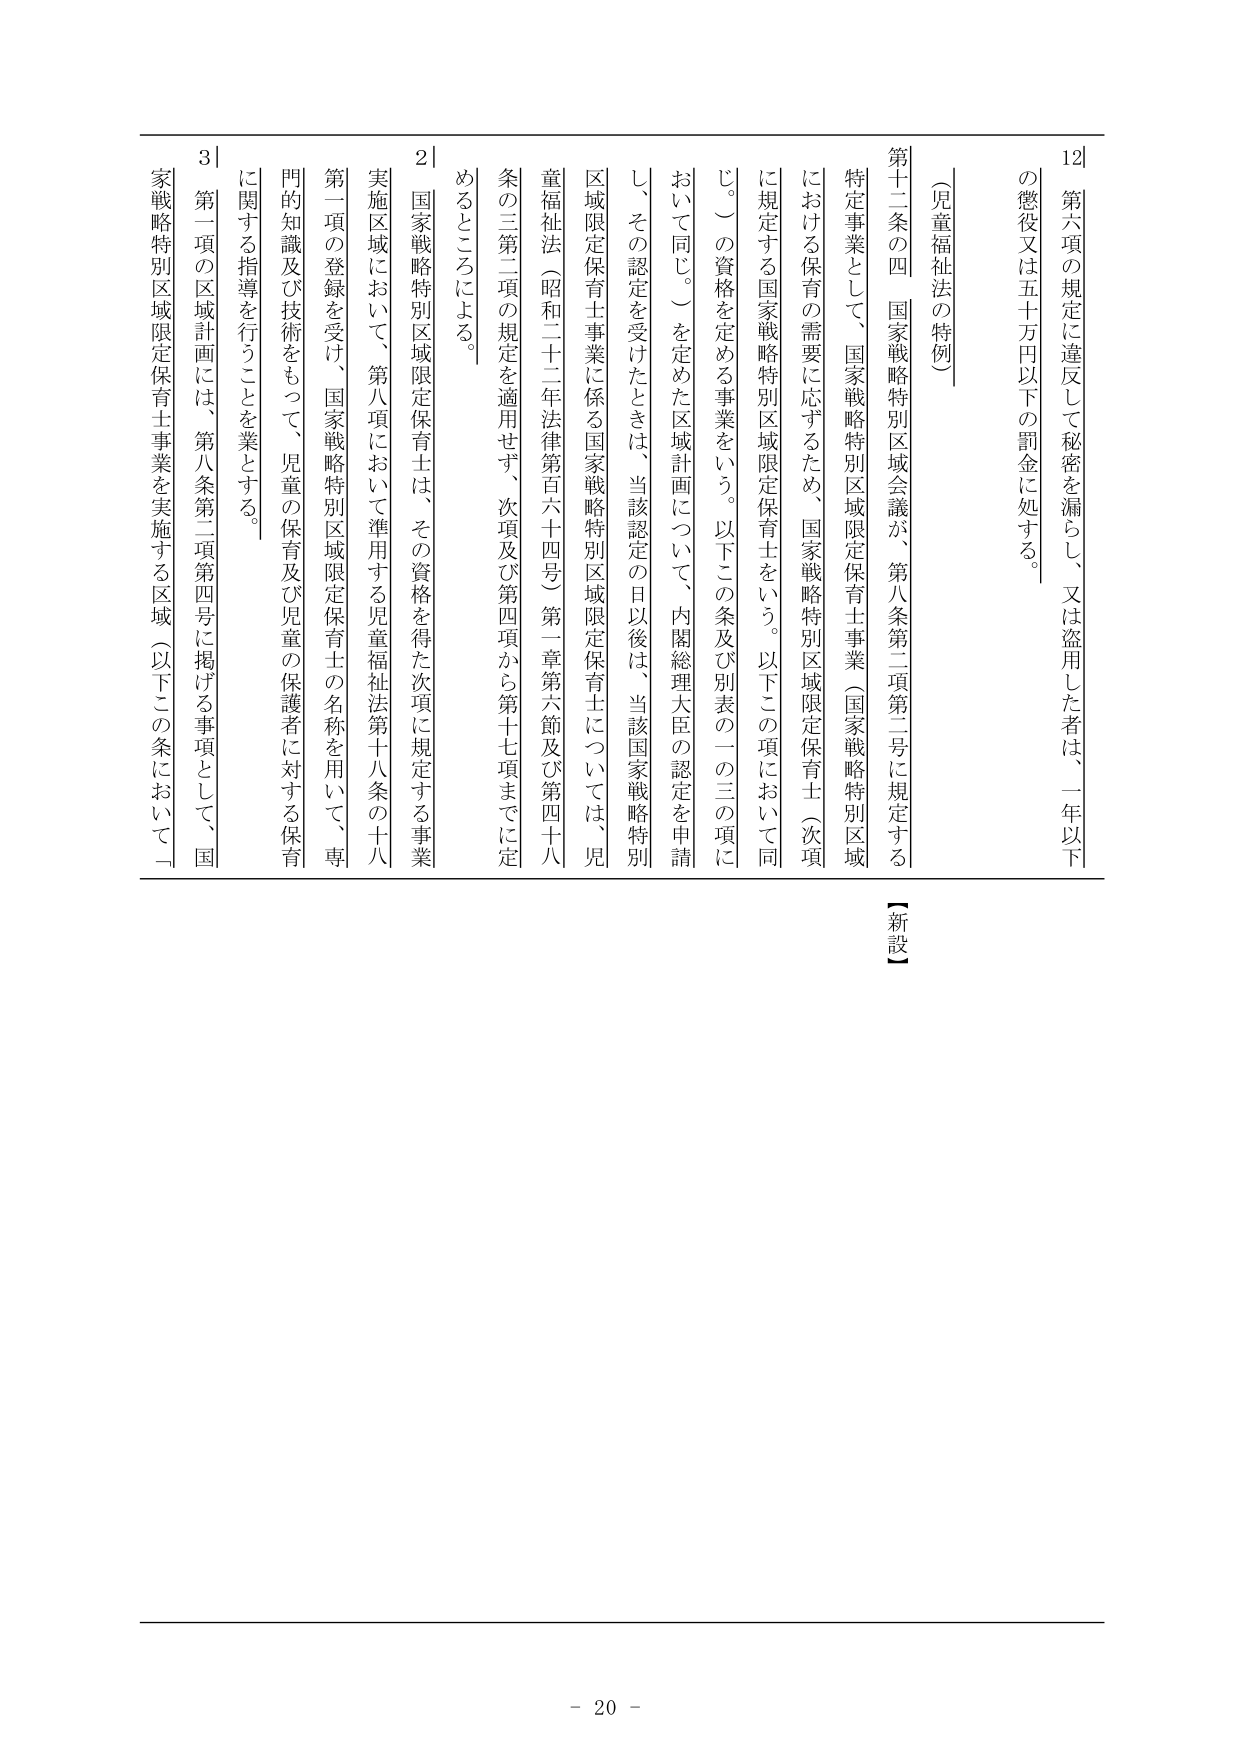
12|
第六項の規定に違反して秘密を漏らし、又は盗用した者は、一年以下
の懲役又は五十万円以下の罰金に処する。

（児童福祉法の特例）

第十二条の四 国家戦略特別区域会議が、第八条第二項第二号に規定する
特定事業として、国家戦略特別区域限定保育士事業（国家戦略特別区域
における保育の需要に応ずるため、国家戦略特別区域限定保育士（次項
に規定する国家戦略特別区域限定保育士をいう。以下この項において同
じ。）の資格を定める事業をいう。以下この条及び別表の一の三の項に
おいて同じ。）を定めた区域計画について、内閣総理大臣の認定を申請
し、その認定を受けたときは、当該認定の日以後は、当該国家戦略特別
区域限定保育士事業に係る国家戦略特別区域限定保育士については、児
童福祉法（昭和二十二年法律第百六十四号）第一章第六節及び第四十八
条の三第二項の規定を適用せず、次項及び第四項から第十七項までに定
めるところによる。

2| 国家戦略特別区域限定保育士は、その資格を得た次項に規定する事業
実施区域において、第八項において準用する児童福祉法第十八条の十八
第一項の登録を受け、国家戦略特別区域限定保育士の名称を用いて、専
門的知識及び技術をもって、児童の保育及び児童の保護者に対する保育
に関する指導を行うことを業とする。

3| 第一項の区域計画には、第八条第二項第四号に掲げる事項として、国
家戦略特別区域限定保育士事業を実施する区域（以下この条において一

【新設】

- 20 -